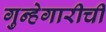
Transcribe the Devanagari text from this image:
गुन्हेगारीची